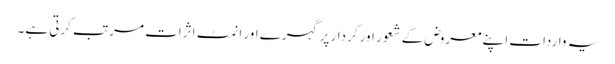
یہ واردات اپنے معروض کے شعور اور کردار پر گہرے اور انمٹ اثرات مرتب کرتی ہے۔